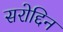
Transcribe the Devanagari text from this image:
सरोद्दिन